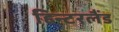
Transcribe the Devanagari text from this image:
हिन्टरलैंड